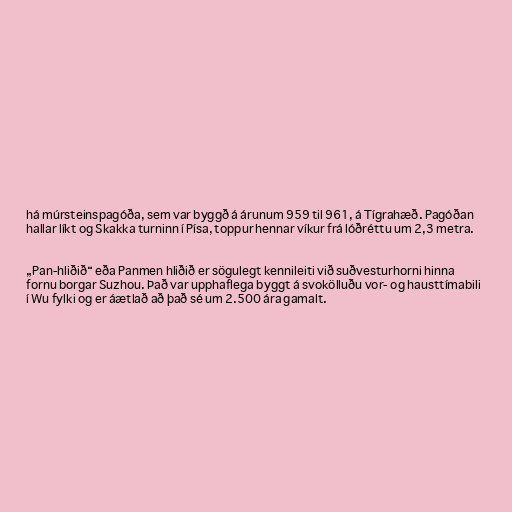
há múrsteinspagóða, sem var byggð á árunum 959 til 961, á Tígrahæð. Pagóðan
hallar líkt og Skakka turninn í Písa, toppur hennar víkur frá lóðréttu um 2,3 metra.

„Pan-hliðið“ eða Panmen hliðið er sögulegt kennileiti við suðvesturhorni hinna
fornu borgar Suzhou. Það var upphaflega byggt á svokölluðu vor- og hausttímabili
í Wu fylki og er áætlað að það sé um 2.500 ára gamalt.